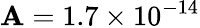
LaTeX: \mathbf{A}=1.7\times10^{-14}